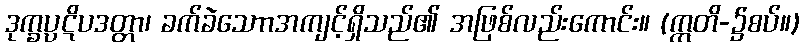
ဒုက္ခပ္ပဋိပဒတ္တာ၊ ခက်ခဲသောာအကျင့်ရှိသည်၏ အဖြစ်လည်းကောင်း။ (ဣတိ-၌စပ်။)